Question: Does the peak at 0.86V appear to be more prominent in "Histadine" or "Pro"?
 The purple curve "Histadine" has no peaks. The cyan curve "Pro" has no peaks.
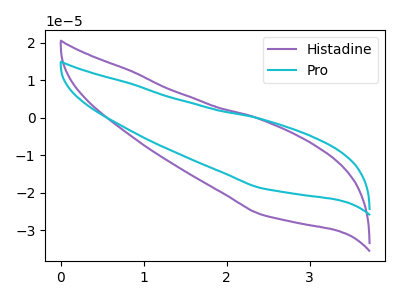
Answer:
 <answer>"Histadine" and "Pro" dont share a peak at 0.86V.</answer>
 <eval>mismatch</eval>